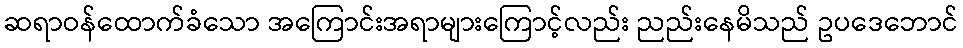
ဆရာဝန်ထောက်ခံသော အကြောင်းအရာများကြောင့်လည်း ညည်းနေမိသည် ဥပဒေဘောင်